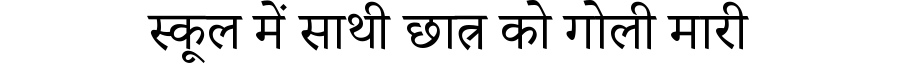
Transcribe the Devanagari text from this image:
स्कूल में साथी छात्र को गोली मारी